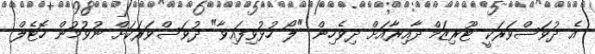
އެ ދުވަސްވަރަކީ ޓޫރިޒަމް ދާއިރާއަށް ދިވެހިން "ލޯ ހުޅުވިފައިވާ" ދުވަސްވަރަކަށް ނުވުމުން ހޮޓެލް